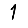
Digit: 1